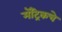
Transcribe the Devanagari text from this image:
मॅट्रिकचे